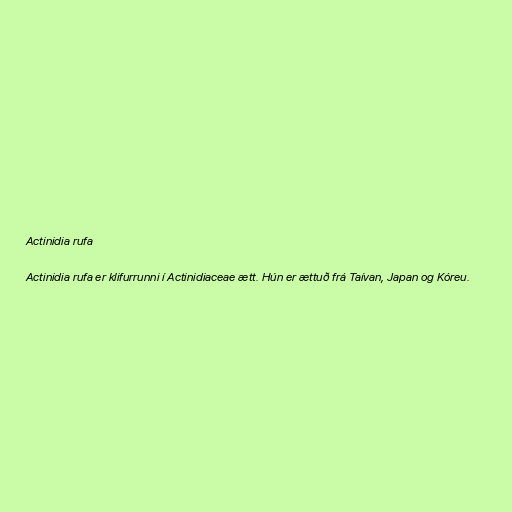
Actinidia rufa

Actinidia rufa er klifurrunni í Actinidiaceae ætt. Hún er ættuð frá Taívan, Japan og Kóreu.